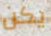
يكن